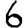
Digit: 6